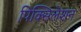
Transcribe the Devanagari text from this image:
पिक्सिलेशन